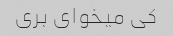
کی میخوای بری